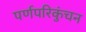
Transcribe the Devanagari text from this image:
पर्णपरिकुंचन